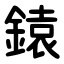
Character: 鎱